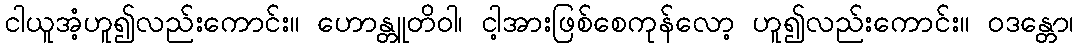
ငါယူအံ့ဟူ၍လည်းကောင်း။ ဟောန္တူတိဝါ၊ ငါ့အားဖြစ်စေကုန်လော့ ဟူ၍လည်းကောင်း။ ဝဒန္တော၊